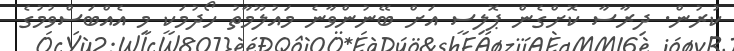
ކުރުން. ދިރާސާ ކޮށްގެން ޕޮލިސީ އަށް ބޭނުންވާނެ މައުލޫމާތު ހޯދުމަކީ މި އެއްބަސްވުމުގެ